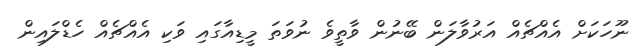
ނޫހަކަށް އެއްޗެއް އަރުވާލަން ބޭނުން ވާތީވެ ނުވަތަ މީޑިއާގައި ވަކި އެއްޗެއް ހެޑްލައިން